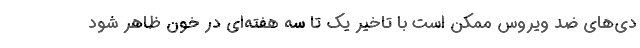
دی‌های ضد ویروس ممکن است با تاخیر یک تا سه هفته‌ای در خون ظاهر شود